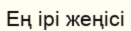
Ең ірі жеңісі